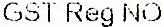
GST REG NO